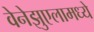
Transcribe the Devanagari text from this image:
वेनेझुएलामध्ये